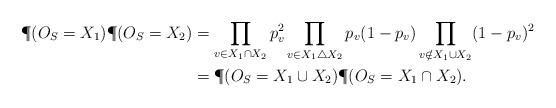
LaTeX: \begin{align*} \P(O_S = X_1) \P(O_S = X_2) &= \prod_{v \in X_1 \cap X_2}p_v^2 \prod_{v \in X_1 \triangle X_2}p_v(1-p_v) \prod_{v \notin X_1 \cup X_2}(1-p_v)^2\\&=\P(O_S = X_1 \cup X_2) \P(O_S = X_1 \cap X_2).\end{align*}